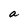
Character: a